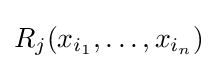
R_{j}(x_{i_{1}},\dots ,x_{i_{n}})